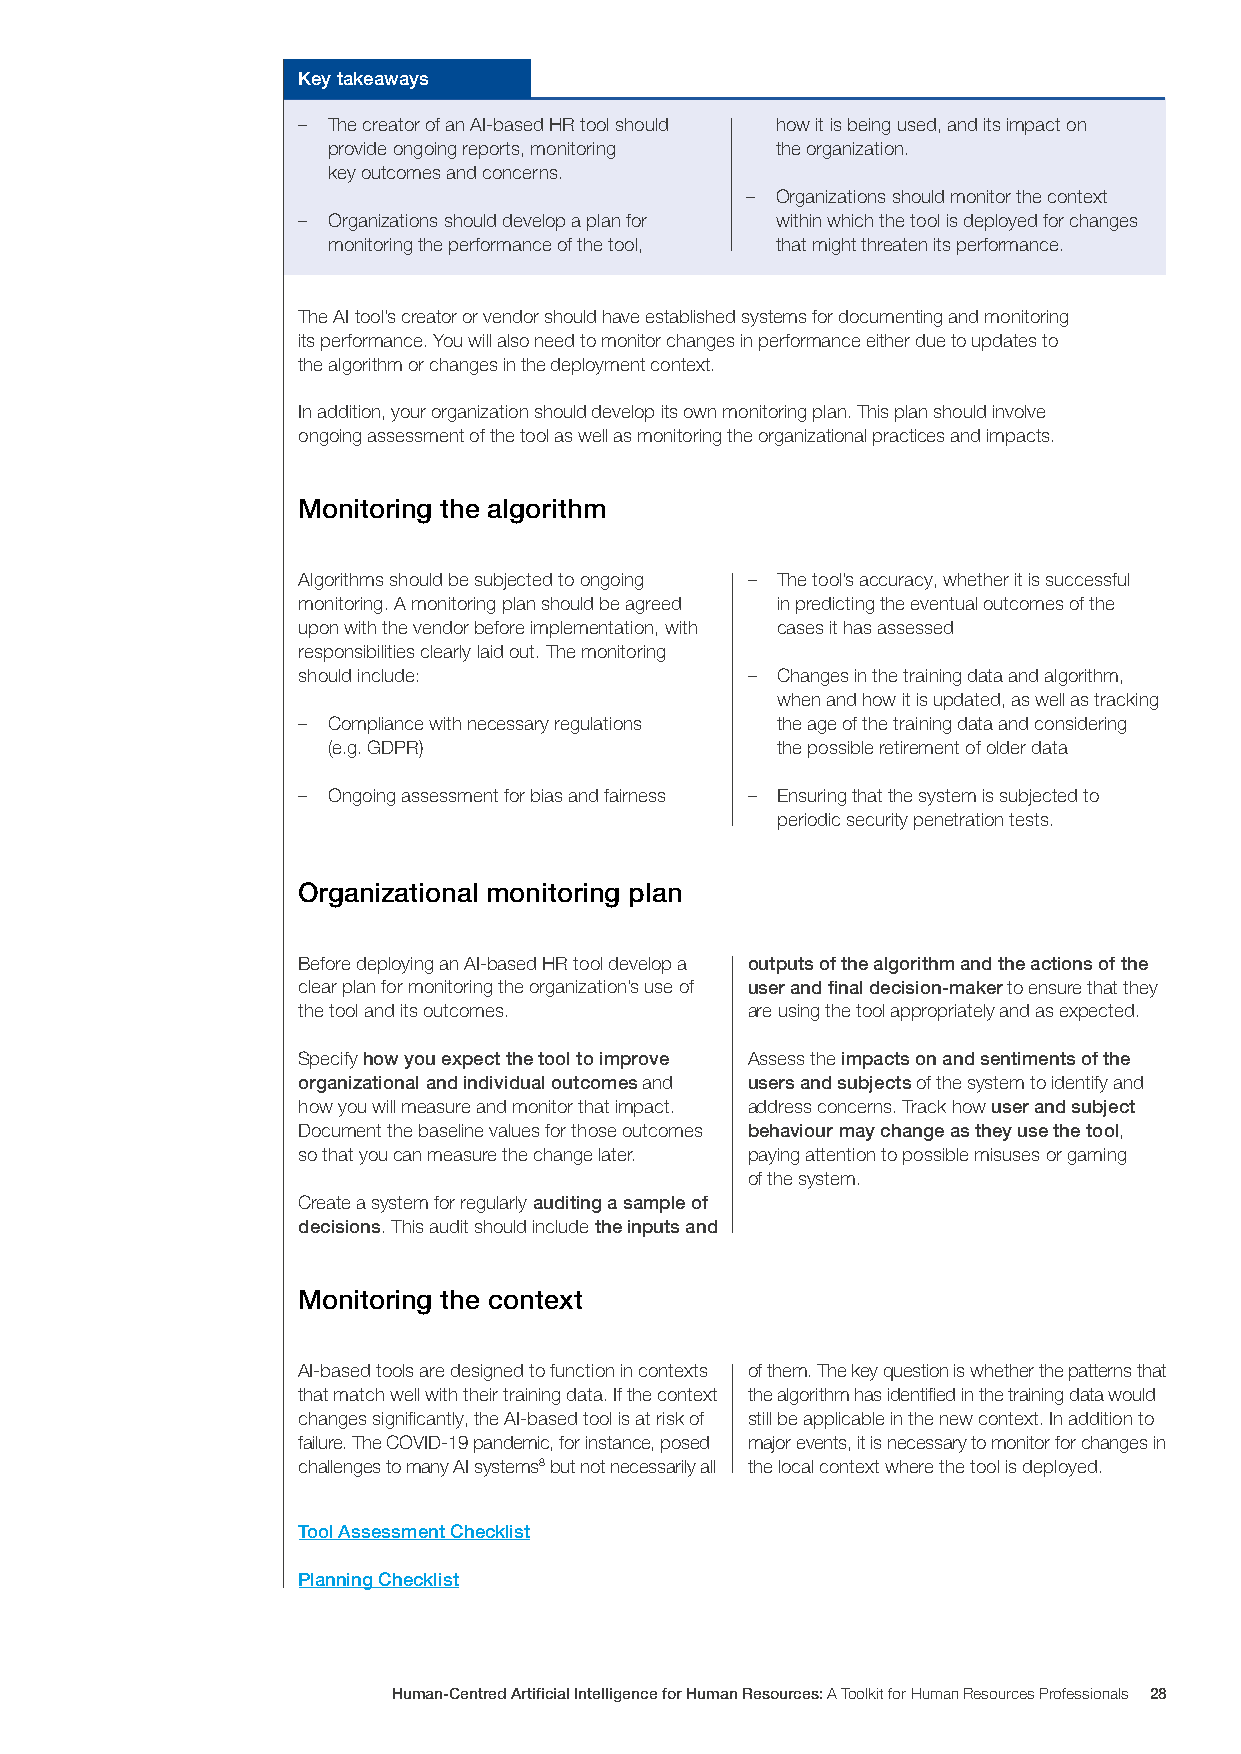
Key takeaways
 – The creator of an AI-based HR tool should how it is being used, and its impact on
 provide ongoing reports, monitoring the organization.
 key outcomes and concerns.
 – Organizations should monitor the context
 – Organizations should develop a plan for within which the tool is deployed for changes
 monitoring the performance of the tool, that might threaten its performance.
 The AI tool’s creator or vendor should have established systems for documenting and monitoring
 its performance. You will also need to monitor changes in performance either due to updates to
 the algorithm or changes in the deployment context.
 In addition, your organization should develop its own monitoring plan. This plan should involve
 ongoing assessment of the tool as well as monitoring the organizational practices and impacts.
 Monitoring the algorithm
 Algorithms should be subjected to ongoing – The tool’s accuracy, whether it is successful
 monitoring. A monitoring plan should be agreed in predicting the eventual outcomes of the
 upon with the vendor before implementation, with cases it has assessed
 responsibilities clearly laid out. The monitoring
 should include:              – Changes in the training data and algorithm,
 when and how it is updated, as well as tracking
 – Compliance with necessary regulations the age of the training data and considering
 (e.g. GDPR)                  the possible retirement of older data
 – Ongoing assessment for bias and fairness – Ensuring that the system is subjected to
 periodic security penetration tests.
 Organizational monitoring plan
 Before deploying an AI-based HR tool develop a outputs of the algorithm and the actions of the
 clear plan for monitoring the organization’s use of user and final decision-maker to ensure that they
 the tool and its outcomes.   are using the tool appropriately and as expected.
 Specify how you expect the tool to improve Assess the impacts on and sentiments of the
 organizational and individual outcomes and users and subjects of the system to identify and
 how you will measure and monitor that impact. address concerns. Track how user and subject
 Document the baseline values for those outcomes behaviour may change as they use the tool,
 so that you can measure the change later. paying attention to possible misuses or gaming
 of the system.
 Create a system for regularly auditing a sample of
 decisions. This audit should include the inputs and
 Monitoring the context
 AI-based tools are designed to function in contexts of them. The key question is whether the patterns that
 that match well with their training data. If the context the algorithm has identified in the training data would
 changes significantly, the AI-based tool is at risk of still be applicable in the new context. In addition to
 failure. The COVID-19 pandemic, for instance, posed major events, it is necessary to monitor for changes in
 challenges to many AI systems8 but not necessarily all the local context where the tool is deployed.
 Tool Assessment Checklist
 Planning Checklist
 Human-Centred Artificial Intelligence for Human Resources: A Toolkit for Human Resources Professionals 28